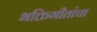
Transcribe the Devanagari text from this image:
भक्तिगीतांचा